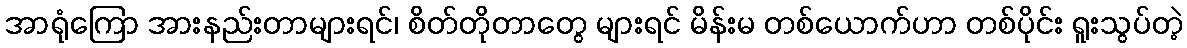
အာရုံကြော အားနည်းတာများရင်၊ စိတ်တိုတာတွေ များရင် မိန်းမ တစ်ယောက်ဟာ တစ်ပိုင်း ရူးသွပ်တဲ့